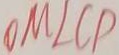
O M \bot C D